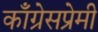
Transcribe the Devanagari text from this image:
काँग्रेसप्रेमी